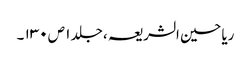
ریاحین الشریعہ ، جلد ۱ ص ۱۳۰ ۔